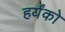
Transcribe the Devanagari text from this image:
हर्यंको